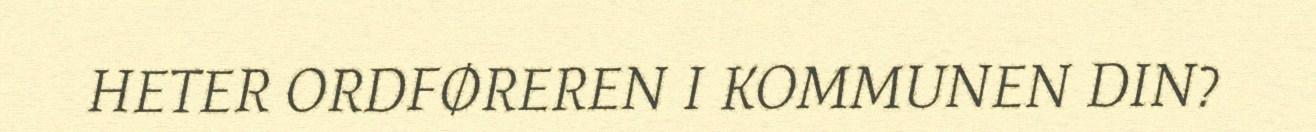
HETER ORDFØREREN I KOMMUNEN DIN?